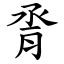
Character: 脀